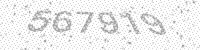
Solution: 567919